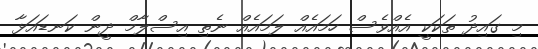
މި ގައިދު ތަކަކީ އެއްވެސް ހަމައެއް ލަމައެއް ނެތި އިސްލާމް ދީން ކަނޑައަޅާ